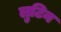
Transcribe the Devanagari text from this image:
लुटिन